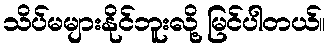
သိပ်မများနိုင်ဘူးလို့ မြင်ပါတယ်။